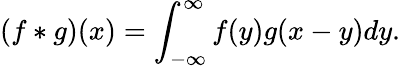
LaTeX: (f*g)(x)=\int_{-\infty}^{\infty}f(y)g(x-y)dy.